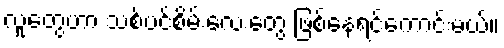
လူတွေဟာ သစ်ပင်စိမ်းလေးတွေ ဖြစ်နေရင်ကောင်းမယ်။